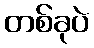
တစ်ခုပဲ